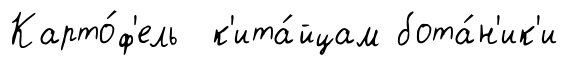
Карто́ф'ель к'ита́йцам бота́н'ик'и